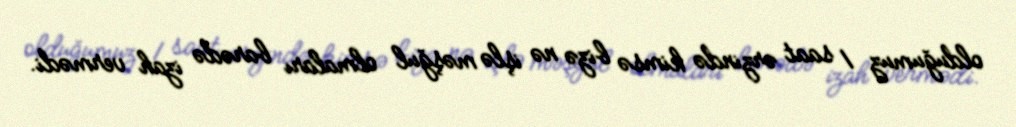
olduğumuz 1 saat ərzində kimsə bizə nə işlə məşğul olmaları barədə izah vermədi.